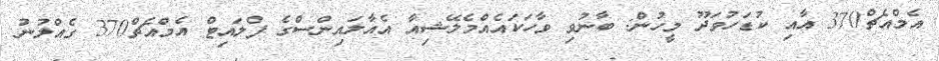
އެމްއެޗް370 އާއި ކުޑަހުވަދޫ މީހުން: ބާނުވި ވާހަކައެއްމެލޭޝިއާ އެއާލައިންސްގެ ފްލައިޓް އެމްއެޗް370 ގެއްލުނު